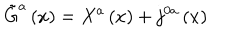
LaTeX: \tilde { G } ^ { a } \left( x \right) = X ^ { a } \left( x \right) + j ^ { 0 a } \left( x \right)